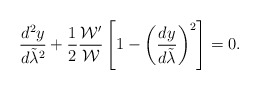
\begin{align*}{{d^2y}\over{d\tilde{\lambda}^2}}+{1\over 2}{{{\cal W}^{\prime}}\over{\cal W}}\left[1-\left({{dy}\over{d\tilde{\lambda}}}\right)^2\right]=0.\end{align*}